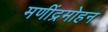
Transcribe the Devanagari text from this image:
मणींद्रमोहन